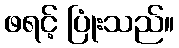
ဖရင့် ပြုံးသည်။